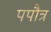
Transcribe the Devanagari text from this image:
पपौत्र